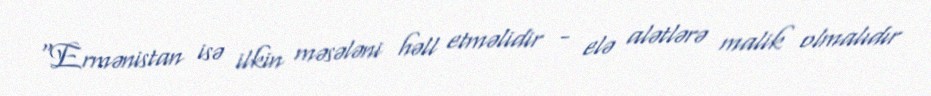
“Ermənistan isə ilkin məsələni həll etməlidir - elə alətlərə malik olmalıdır